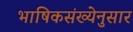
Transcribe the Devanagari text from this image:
भाषिकसंख्येनुसार